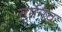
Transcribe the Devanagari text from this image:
तुर्गेनेव